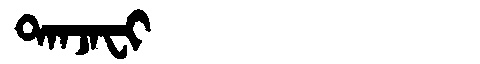
Manchu: ᡨᠠᠨᠵᠠᠸᡳ
Romanization: TANJAFI